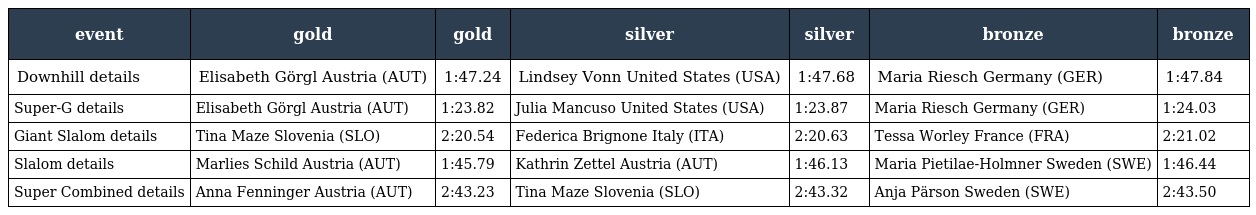
| event | gold | gold | silver | silver | bronze | bronze |
 | --- | --- | --- | --- | --- | --- | --- |
 | Downhill details | Elisabeth Görgl Austria (AUT) | 1:47.24 | Lindsey Vonn United States (USA) | 1:47.68 | Maria Riesch Germany (GER) | 1:47.84 |
 | Super-G details | Elisabeth Görgl Austria (AUT) | 1:23.82 | Julia Mancuso United States (USA) | 1:23.87 | Maria Riesch Germany (GER) | 1:24.03 |
 | Giant Slalom details | Tina Maze Slovenia (SLO) | 2:20.54 | Federica Brignone Italy (ITA) | 2:20.63 | Tessa Worley France (FRA) | 2:21.02 |
 | Slalom details | Marlies Schild Austria (AUT) | 1:45.79 | Kathrin Zettel Austria (AUT) | 1:46.13 | Maria Pietilae-Holmner Sweden (SWE) | 1:46.44 |
 | Super Combined details | Anna Fenninger Austria (AUT) | 2:43.23 | Tina Maze Slovenia (SLO) | 2:43.32 | Anja Pärson Sweden (SWE) | 2:43.50 |